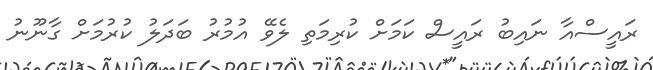
ރައީސްއާ ނައިބު ރައީސް ކަމަށް ކުރިމަތި ލެވޭ އުމުރު ބަދަލު ކުރުމަށް ގާނޫނު